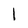
Character: 1